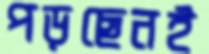
পড়ছেনই